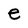
Character: e